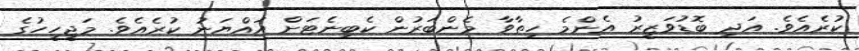
ކުރެއެވެ. އަދި ބޮޑުވަޒީރު އެންމެ ހިތާވާ މެންބަރުން ކެބިނެޓަށް އައްޔަނު ކުރެއެވެ. މަޖީހީހުގެ